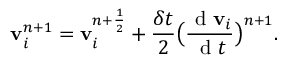
\mathbf { v } _ { i } ^ { n + 1 } = \mathbf { v } _ { i } ^ { n + \frac { 1 } { 2 } } + \frac { \delta t } { 2 } \big ( \frac { \mathrm { ~ d ~ } \mathbf { v } _ { i } } { \mathrm { ~ d ~ } t } \big ) ^ { n + 1 } .